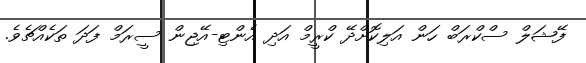
ފޭޝަލް ސްކްރަބް ހަން އަލިކޮށްދޭ ކްރީމް އަދި އެންޓި-އޭޖިން ސީރަމް ފަދަ ތަކެއްޗެވެ.